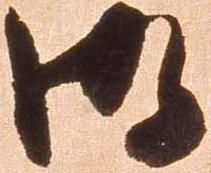
御